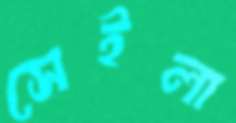
সেইলা